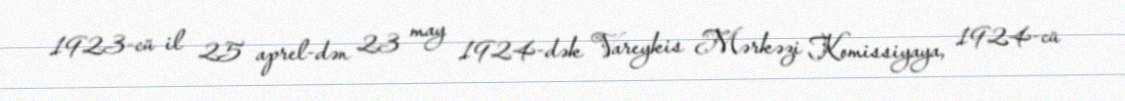
1923-cü il 25 aprel-dən 23 may 1924-dək Vareykis Mərkəzi Komissiyaya, 1924-cü